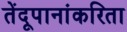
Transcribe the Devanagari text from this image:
तेंदूपानांकरिता